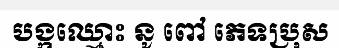
បង្កឈ្មោះ នូ ពៅ ភេទប្រុស